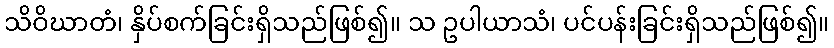
သိဝိဃာတံ၊ နှိပ်စက်ခြင်းရှိသည်ဖြစ်၍။ သ ဥပါယာသံ၊ ပင်ပန်းခြင်းရှိသည်ဖြစ်၍။